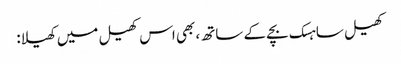
کھیل ساہسک بچے کے ساتھ، بھی اس کھیل میں کھیلا: